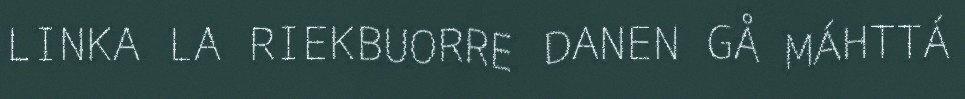
LINKA LA RIEKBUORRE DANEN GÅ MÁHTTÁ